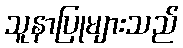
သူနာပြုများသည်